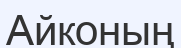
Айконың